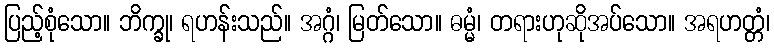
ပြည့်စုံသော။ ဘိက္ခု၊ ရဟန်းသည်။ အဂ္ဂံ၊ မြတ်သော။ ဓမ္မံ၊ တရားဟုဆိုအပ်သော။ အရဟတ္တံ၊